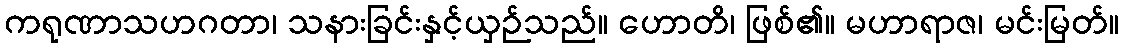
ကရုဏာသဟဂတာ၊ သနားခြင်းနှင့်ယှဉ်သည်။ ဟောတိ၊ ဖြစ်၏။ မဟာရာဇ၊ မင်းမြတ်။